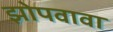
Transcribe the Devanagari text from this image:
झोपवावा